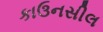
કાઉનસીલ